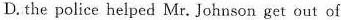
D.the police helped Mr. Johnson get out of